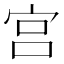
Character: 宫